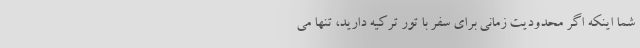
شما اینکه اگر محدودیت زمانی برای سفر با تور ترکیه دارید، تنها می